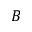
B